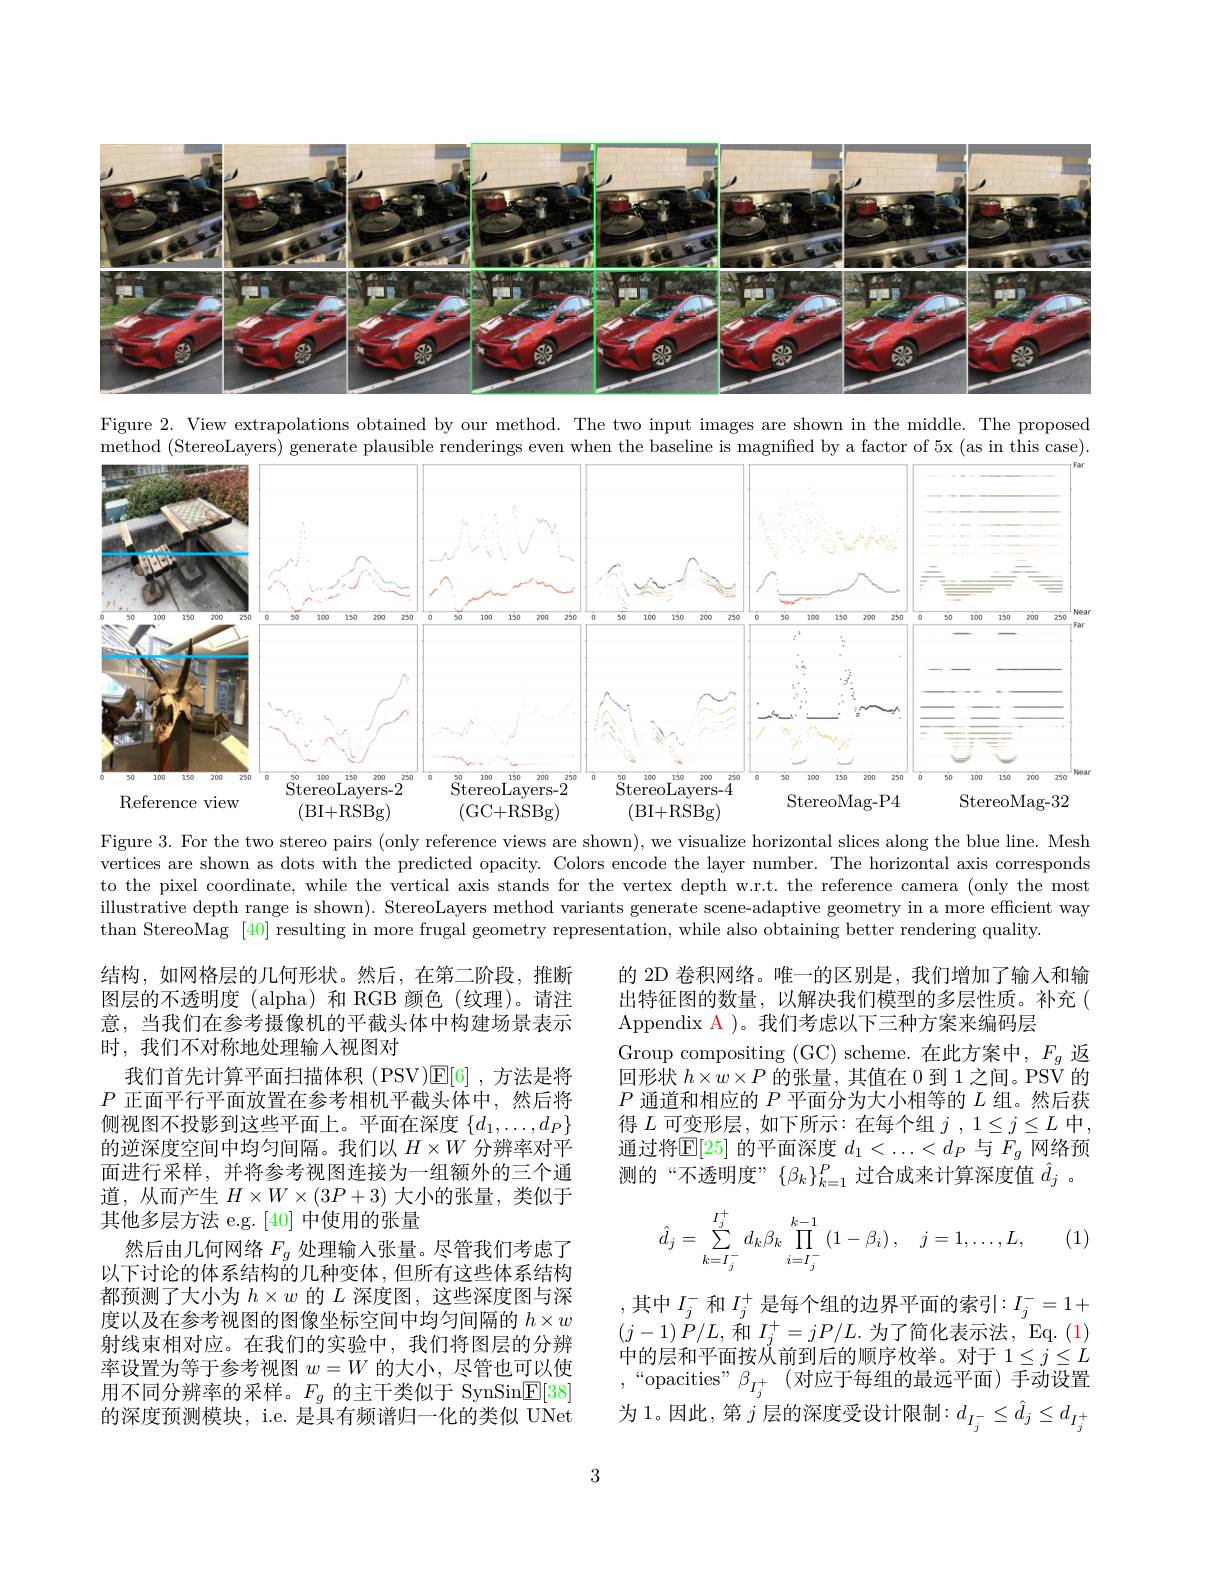
<FigureHere>

Figure 2. View extrapolations obtained by our method. The two input images are shown in the middle. The proposed $\bar{\text{method (StereoLayers) generate plausible renderings even when the baseline is magnified by a factor of 5x (as in this case)}}$
<FigureHere>

Figure 3. For the two stereo pairs (only reference views are shown), we visualize horizontal slices along the blue line. Mesh vertices are shown as dots with the predicted opacity. Colors encode the layer number. The horizontal axis corresponds to the pixel coordinate, while the vertical axis stands for the vertex depth w.r.t. the reference camera (only the most illustrative depth range is shown). StereoLayers method variants generate scene-adaptive geometry in a more efficient way than StereoMag [40] resulting in more frugal geometry representation, while also obtaining better rendering quality.

的 2D 卷积网络。唯一的区别是，我们增加了输入和输出特征图的数量，以解决我们模型的多层性质。补充( Appendix A )。我们考虑以下三种方案来编码层
Group compositing (GC) scheme. 在此方案中，$F_g$返回形状$h\times w\times P$的张量，其值在 0 到 1之间。PSV 的$P$通道和相应的$P$平面分为大小相等的$L$组。然后获得$L$可变形层，如下所示：在每个组$j,1\leq j\leq L$中通过将$\mathbb{E}[25]$的平面深度$d_1<\ldots<d_P$与$F_g$网络预测的“不透明度” $\{\beta_k\}_{k=1}^P$过合成来计算深度值$\hat{d}_j$ 。

结构，如网格层的几何形状。然后，在第二阶段，推断图层的不透明度(alpha)和 RGB 颜色(纹理)。请注意，当我们在参考摄像机的平截头体中构建场景表示时，我们不对称地处理输入视图对
我们首先计算平面扫描体积 (PSV)$\boxed{\mathrm{E}}[6]$,方法是将$P$正面平行平面放置在参考相机平截头体中，然后将侧视图不投影到这些平面上。平面在深度$\{d_1,\ldots,d_P\}$ 的逆深度空间中均匀间隔。我们以$H\times W$分辨率对平面进行采样，并将参考视图连接为一组额外的三个通道，从而产生$H\times W\times(3P+3)$大小的张量，类似于其他多层方法 e.g.[40]中使用的张量
然后由几何网络$F_{g}$处理输入张量。尽管我们考虑了以下讨论的体系结构的几种变体，但所有这些体系结构都预测了大小为$h\times w$的$L$深度图，这些深度图与深度以及在参考视图的图像坐标空间中均匀间隔的$h\times w$ 射线束相对应。在我们的实验中，我们将图层的分辨率设置为等于参考视图$w=W$的大小，尽管也可以使用不同分辨率的采样。$F_g$的主干类似于 SynSin$\boxed{\mathrm{E}}[38]$ 的深度预测模块，i.e. 是具有频谱归一化的类似 UNet

(1)
$$\hat{d}_j=\sum\limits_{k=I_j^-}^{I_j^+}d_k\beta_k\prod\limits_{i=I_j^-}^{k-1}\left(1-\beta_i\right),\quad j=1,\dots,L,$$
,其中$I_j^-$ 和 $I_j^+$ 是每个组的边界平面的索引$:I_j^-=1+$ $(j-1)\dot{P}/L,\dot{\text{和 }I}_{j}^{+}=jP/L.$为了简化表示法，Eq.(1) 中的层和平面按从前到后的顺序枚举。对于$1\leq j\leq L$ $,“$opacities"$\beta_I_j^+($对应于每组的最远平面)手动设置为 1。因此，第$j$层的深度受设计限制：$d_I_{j}^{-}\leq\hat{d}_{j}\leq d_{I_{j}^{+}}$

3